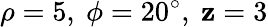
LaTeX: \rho=5,\ \phi=20^{\circ},\ \mathbf{z}=3